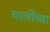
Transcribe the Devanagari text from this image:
चालींच्या